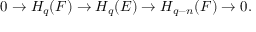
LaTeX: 0 \to H _ { q } ( F ) \to H _ { q } ( E ) \to H _ { q - n } ( F ) \to 0 .